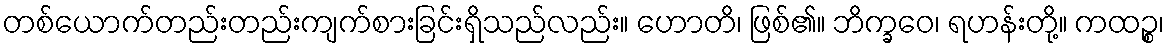
တစ်ယောက်တည်းတည်းကျက်စားခြင်းရှိသည်လည်း။ ဟောတိ၊ ဖြစ်၏။ ဘိက္ခဝေ၊ ရဟန်းတို့။ ကထဉ္စ၊